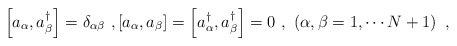
\begin{align*}\left[ a_\alpha,a^\dagger_\beta\right]=\delta_{\alpha\beta}\ ,\left[ a_\alpha,a_\beta\right]=\left[a^\dagger_\alpha,a^\dagger_\beta\right]=0\ ,\ \left(\alpha,\beta=1,\cdots N+1\right)\ ,\end{align*}